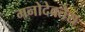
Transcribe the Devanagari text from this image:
मनोदेवतेस